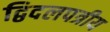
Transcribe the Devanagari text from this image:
द्विदलपत्रीय